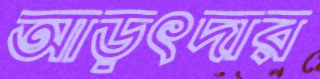
আড়ৎদার